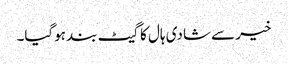
خیر سے شادی ہال کا گیٹ بند ہوگیا۔